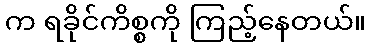
က ရခိုင်ကိစ္စကို ကြည့်နေတယ်။